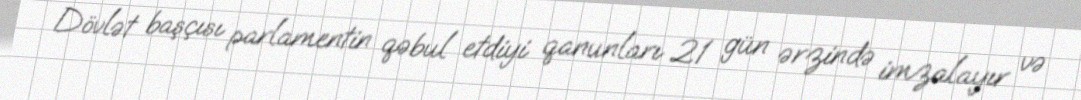
Dövlət başçısı parlamentin qəbul etdiyi qanunları 21 gün ərzində imzalayır və